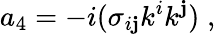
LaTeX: a_{4}=-i(\sigma_{i\mathbf{j}}k^{i}k^{\mathbf{j}})\; ,